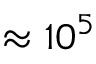
\approx 1 0 ^ { 5 }